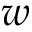
w